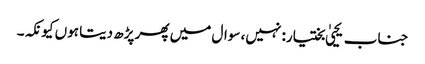
جناب یحییٰ بختیار: نہیں، سوال میں پھر پڑھ دیتا ہوں کیونکہ۔